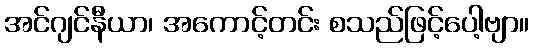
အင်ဂျင်နီယာ၊ အကောင့်တင်း စသည်ဖြင့်ပေါ့ဗျာ။